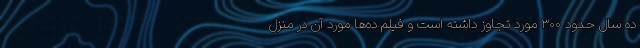
ده سال حدود ۳۰۰ مورد تجاوز داشته است و فيلم ده‌ها مورد آن در منزل